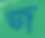
জ